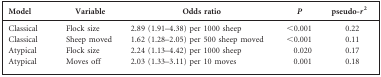
<table><thead><tr><td><b>Model</b></td><td><b>Variable</b></td><td><b>Odds ratio</b></td><td><b><i>P</i></b></td><td><b>pseudo-<i>r</i><sup>2</sup></b></td></tr></thead><tbody><tr><td>Classical</td><td>Flock size</td><td>2.89 (1.91–4.38) per 1000 sheep</td><td>&lt;0.001</td><td>0.22</td></tr><tr><td>Classical</td><td>Sheep moved</td><td>1.62 (1.28–2.05) per 500 sheep moved</td><td>&lt;0.001</td><td>0.11</td></tr><tr><td>Atypical</td><td>Flock size</td><td>2.24 (1.13–4.42) per 1000 sheep</td><td>0.020</td><td>0.17</td></tr><tr><td>Atypical</td><td>Moves off</td><td>2.03 (1.33–3.11) per 10 moves</td><td>0.001</td><td>0.18</td></tr></tbody></table>